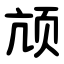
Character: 颃